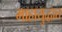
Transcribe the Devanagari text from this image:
माहायुद्धात